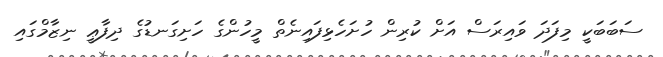
ސަބަބަކީ މިފަދަ ވައިރަސް އަށް ކުރިން ހުށަހެޅިފައިނެތް މީހުންގެ ހަށިގަނޑުގެ ދިފާޢީ ނިޒާމްގައި